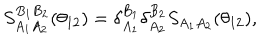
S _ { A _ { 1 } A _ { 2 } } ^ { B _ { 1 } B _ { 2 } } ( \theta _ { 1 2 } ) = \delta _ { A _ { 1 } } ^ { B _ { 1 } } \delta _ { A _ { 2 } } ^ { B _ { 2 } } S _ { A _ { 1 } A _ { 2 } } ( \theta _ { 1 2 } ) ,